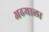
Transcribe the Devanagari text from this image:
अढयाला